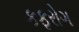
કફરોગ